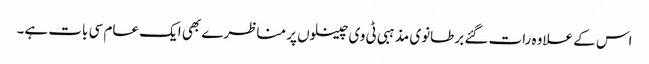
اس کے علاوہ رات گئے برطانوی مذہبی ٹی وی چینلوں پر مناظرے بھی ایک عام سی بات ہے۔